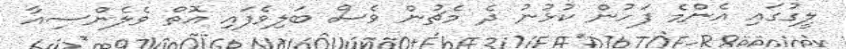
ލީގުގައި އެންމެ ފަހުން ކުޅުނު ދެ މެޗުން ވެސް ބަލިވެފައި އޮތް ވެލެންސިއާ